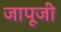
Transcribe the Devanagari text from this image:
जापूजी